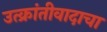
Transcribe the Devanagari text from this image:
उत्क्रांतीवादाचा